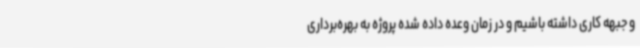
و جبهه کاری داشته باشیم و در زمان وعده داده شده پروژه به بهره‌برداری